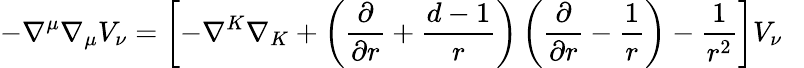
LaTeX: -\nabla^{\mu}\nabla_{\mu}V_{\nu}=\left[-\nabla^{K}\nabla_{K}+\left({\frac{\partial}{\partial r}}+{\frac{d-1}{r}}\right)\left({\frac{\partial}{\partial r}}-{\frac{1}{r}}\right)-{\frac{1}{r^{2}}}\right]V_{\nu}~~~